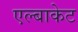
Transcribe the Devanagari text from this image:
एल्बाकेट